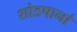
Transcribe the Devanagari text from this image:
शोडषानां